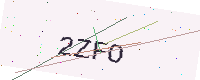
Text: 2ZFO